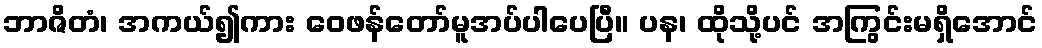
ဘာဇိတံ၊ အကယ်၍ကား ဝေဖန်တော်မူအပ်ပါပေပြီ။ ပန၊ ထိုသို့ပင် အကြွင်းမရှိအောင်